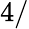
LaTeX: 4/